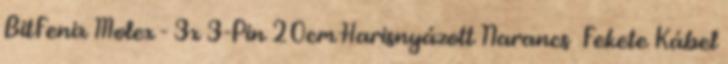
BitFenix Molex - 3x 3-Pin 20cm Harisnyázott Narancs Fekete Kábel